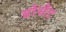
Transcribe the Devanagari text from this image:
डोसेंट